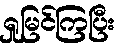
ရှုမြင်ကြပြီး